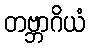
တဗ္ဘာဂိယံ